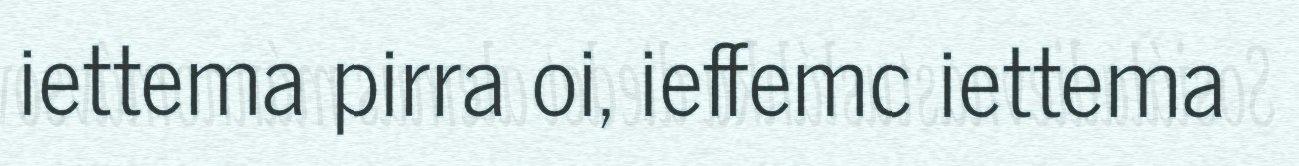
iettema pirra oi, ieffemc iettema